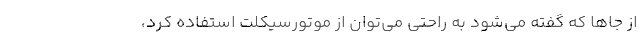
از جا‌ها که گفته می‌شود به راحتی می‌توان از موتورسیکلت استفاده کرد،